Plague in India, 1896, 1897 - Volume 2
Year: 1896
Disease focus: Plague
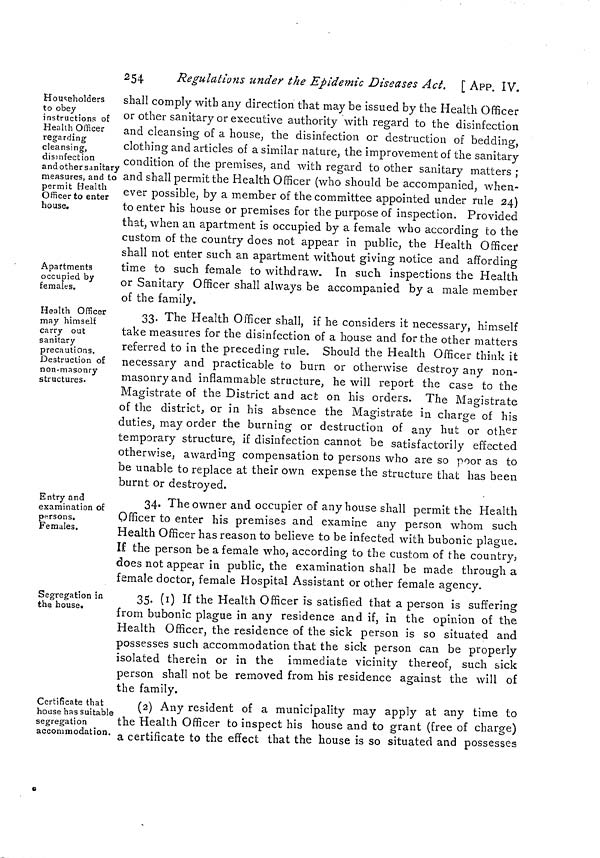
254
Regulations under the Epidemic Diseases Act. [ APP. IV.
Householders
to obey
instructions of
Health Officer
regarding
cleansing,
disinfection
and other sanitary
measures, and to
permit Health
Officer to enter
house.
Apaftments
occupied by
females.
shall comply with any direction that may be issued by the Health Officer
or other sanitary or executive authority with regard to the disinfection
and cleansing of a house, the disinfection or destruction of bedding,
clothing and articles of a similar nature, the improvement of the sanitary
condition of the premises, and with regard to other sanitary matters ;
and shall permit the Health Officer (who should be accompanied, when-
ever possible, by a member of the committee appointed under rule 24)
to enter his house or premises for the purpose of inspection. Provided
that, when an apartment is occupied by a female who according to the
custom of the country does not appear in public, the Health Officer
shall not enter such an apartment without giving notice and affording
time to such female to withdraw. In such inspections the Health
or Sanitary Officer shall always be accompanied by a male member
of the family.
Health Officer
may himself
carry out
sanitary
precautions.
Destruction of
non-masonry
structures.
33. The Health Officer shall, if he considers it necessary, himself
take measures for the disinfection of a house and for the other matters
referred to in the preceding rule. Should the Health Officer think it
necessary and practicable to burn or otherwise destroy any non-
masonry and inflammable structure, he will report the case to the
Magistrate of the District and act on his orders. The Magistrate
O
of the district, or in his absence the Magistrate in charge of his
duties, may order the burning or destruction of any hut or other
temporary structure, if disinfection cannot be satisfactorily effected
otherwise, awarding compensation to persons who are so poor as to
be unable to replace at their own expense the structure that has been
burnt or destroyed.
Entry and
examination of
persons.
Females.
34. The owner and occupier of any house shall permit the Health
Officer to enter his premises and examine any person whom such
Health Officer has reason to believe to be infected with bubonic plague.
If the person be a female who, according to the custom of the country,
does not appear in public, the examination shall be made through a
female doctor, female Hospital Assistant or other female agency.
Segregation in
the house.
35. (1) If the Health Officer is satisfied that a person is suffering
from bubonic plague in any residence and if, in the opinion of the
Health Officer, the residence of the sick person is so situated and
possesses such accommodation that the sick person can be properly
isolated therein or in the immediate vicinity thereof, such sick
person shall not be removed from his residence against the will of
the family.
Certificate that
house has suitable
segregation
accommodation.
(2) Any resident of a municipality may apply at any time to
the Health Officer to inspect his house and to grant (free of charge)
a certificate to the effect that the house is so situated and possesses